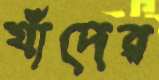
যাঁদের